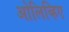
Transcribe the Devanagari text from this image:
ओलिव्हिए